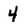
Character: 4